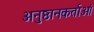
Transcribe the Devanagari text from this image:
अनुष्ठानकर्ताओं